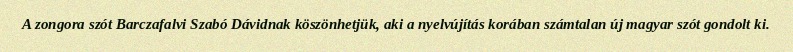
A zongora szót Barczafalvi Szabó Dávidnak köszönhetjük, aki a nyelvújítás korában számtalan új magyar szót gondolt ki.